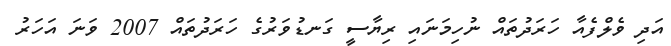
އަދި ވެލްފެއާ ހަރަދުތައް ނުހިމަނައި ރިޔާސީ ގަނޑުވަރުގެ ހަރަދުތައް 2007 ވަނަ އަހަރު